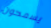
يسمحون